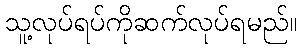
သူ့လုပ်ရပ်ကိုဆက်လုပ်ရမည်။